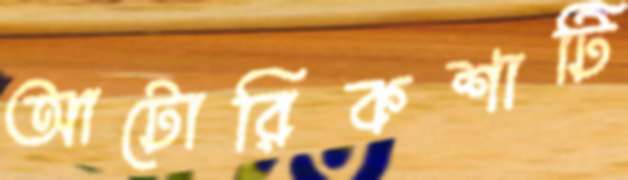
আটোরিকশাটি